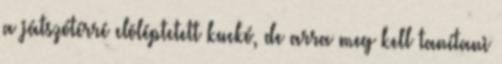
a játszótérré elõléptetett kuckó, de arra meg kell tanítani